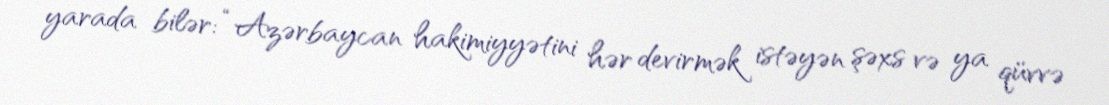
yarada bilər: “Azərbaycan hakimiyyətini hər devirmək istəyən şəxs və ya qüvvə